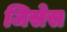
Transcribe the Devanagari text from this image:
जिसेस